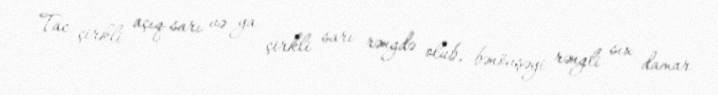
Tac çirkli açıq-sarı və ya çirkli sarı rəngdə olub, bənövşəyi rəngli sıx damar